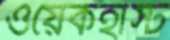
ওয়েকহার্স্ট